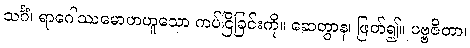
သင်္ဂံ၊ ရာဂေါဿမောဟဟူသော ကပ်ငြိခြင်းကို။ ဆေတွာန၊ ဖြတ်၍။ ပဗ္ဗဇိတာ၊